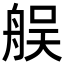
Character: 𦨳